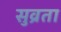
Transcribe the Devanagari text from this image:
सुव्रता